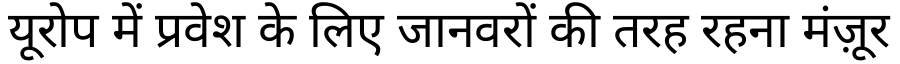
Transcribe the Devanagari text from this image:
यूरोप में प्रवेश के लिए जानवरों की तरह रहना मंज़ूर